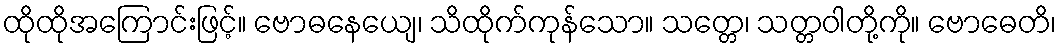
ထိုထိုအကြောင်းဖြင့်။ ဗောဓနေယျေ၊ သိထိုက်ကုန်သော။ သတ္တေ၊ သတ္တဝါတို့ကို။ ဗောဓေတိ၊